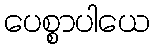
ပေစ္စာပါယေ